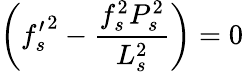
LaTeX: \biggl({f_{s}^{\prime}}^{2}-\frac{f_{s}^{2}P_{s}^{2}}{L_{s}^{2}}\biggr)=0